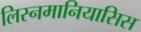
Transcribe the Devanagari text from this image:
लिस्नमानियासिस